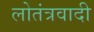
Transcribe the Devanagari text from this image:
लोतंत्रवादी